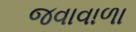
જવાવાળા